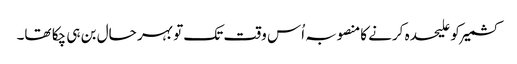
کشمیر کو علیحدہ کرنے کامنصوبہ اُس وقت تک تو بہر حال بن ہی چکا تھا۔